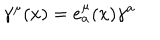
LaTeX: \gamma ^ { \mu } ( x ) = e _ { a } ^ { \mu } ( x ) \gamma ^ { a }